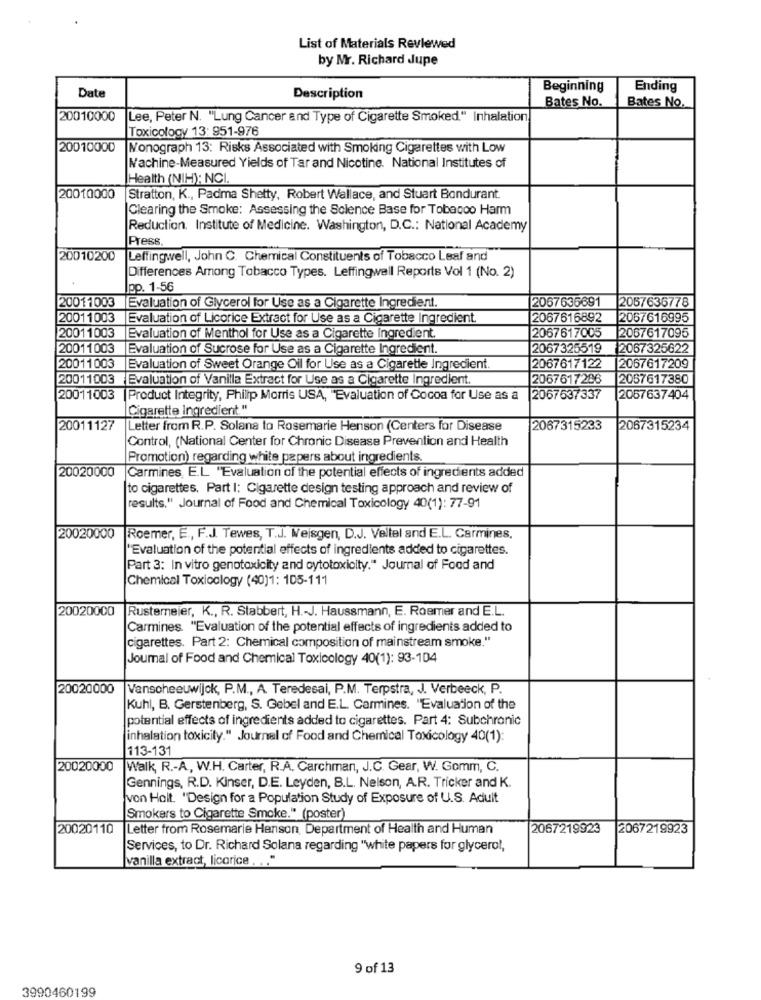
List of Materials Reviewed
by Mr. Richard Jupe
Beginning
Ending
Date
Description
Bates No.
Bates No.
20010000
Lee, Peter N. "Lung Cancer and Type of Cigarette Smoked." Inhalation
Toxicology 13: 951-976
20010000
Monograph 13: Risks Associated with Smoking Cigarettes with Low
Machine-Measured Yields of Tar and Nicotine. National Institutes of
Health (NIH): NCI
20010000
Stratton, K ., Padma Shetty, Robert Wallace, and Stuart Bondurant
Clearing the Smoke: Assessing the Solence Base for Tobacco Harm
Reduction. Institute of Medicine. Washington, D.C .: National Academy
Press
20010200
Leffingwell, John C. Chemical Constituents of Tobacco Leaf and
Differences Among Tobacco Types. Leffingwell Reports Vol 1 (No. 2)
pp. 1-56
20011003
2067636691
Evaluation of Glycerol for Use as a Cigarette Ingredient.
2057636778
20011003
Evaluation of Licorice Extract for Use as a Cigarette Ingredient.
2067616892
2067616995
20011003
Evaluation of Menthol for Use as a Cigarette Ingredient.
2067617005
2067617095
20011003
Evaluation of Sucrose for Use as a Cigarette Ingredient.
2067325519
2067325622
20011003
Evaluation of Sweet Orange Oil for Use as a Cigarette Ingredient.
2067617122
2067617209
20011003
Evaluation of Vanilla Extract for Use as a Cigarette Ingredient.
2067617286
2057617380
20011003
Product Integrity, Philip Morris USA, "Evaluation of Cocoa for Use as a
2067637337
2057637404
Cigarette Ingredient."
20011127
Letter from R.P. Solana to Rosemarie Henson (Centers for Disease
2067315233
2067315234
Control, (National Center for Chronic Disease Prevention and Health
Promotion) regarding white papers about ingredients.
20020000
Carmines, E.L. "Evaluation of the potential effects of ingredients added
to cigarettes. Part I: Cigarette design testing approach and review of
results." Journal of Food and Chemical Toxicology 40(1): 77-91
20020000
Roemer, E ., F.J. Tewes, T.J. Weisgen, D.J. Veltel and E.L. Carmines,
"Evaluation of the potential effects of ingredients added to cigarettes.
Part 3: In vitro genotoxicity and cytotoxicity." Journal of Food and
Chemical Toxicology (40)1: 105-111
20020000
Rustemeier, K ., R. Stabbert, H .- J. Haussmann, E. Roemer and E.L.
Carmines. "Evaluation of the potential effects of ingredients added to
cigarettes. Part 2: Chemical composition of mainstream smoke."
Journal of Food and Chemical Toxicology 40(1): 93-104
20020000
Vanscheeuwijck, P.M ., A. Teredesai, P.M. Terpstra, J. Verbeeck, P.
Kuhl, B. Gerstenberg, S. Gebel and E.L. Carmines. "Evaluation of the
potential effects of ingredients added to cigarettes. Part 4: Subchronic
(inhalation toxicity." Journal of Food and Chemical Toxicology 40(1):
113-131
20020000
Walk, R .- A, W.H. Carter, R.A. Carchman, J.C. Gear, W. Gomm, C.
Gennings, R.D. Kinser, D.E. Leyden, B.L. Nelson, A.R. Tricker and K.
von Holt. "Design for a Population Study of Exposure of U.S. Adult
Smokers to Cigarette Smoke." (poster)
20020110
Letter from Rosemarie Henson, Department of Health and Human
2067219923
2067219923
Services, to Dr. Richard Solana regarding "white papers for glycerol,
vanilla extract, licorice . . . "
9 of 13
3990460199